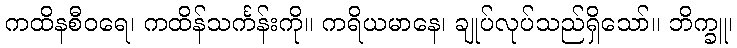
ကထိနစီဝရေ၊ ကထိန်သင်္ကန်းကို။ ကရိယမာနေ၊ ချုပ်လုပ်သည်ရှိသော်။ ဘိက္ခူ၊